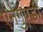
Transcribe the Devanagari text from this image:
ऐनेगुण्डी